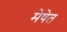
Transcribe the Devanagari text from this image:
मेषेत